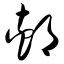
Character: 郏